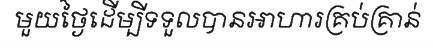
មួយថ្ងៃដើម្បីទទួលបានអាហារគ្រប់គ្រាន់